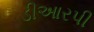
ડીઆરપી